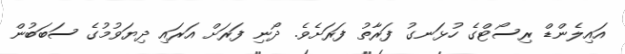
އައިލެންޑް ރިސޯޓްގެ ހުޅަނގު ފަރާތު ފަރަށެވެ. ދޯނި ފަރަށް އަރައި ދިޔަވުމުގެ ސަބަބުން